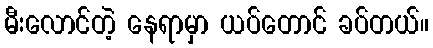
မီးလောင်တဲ့ နေရာမှာ ယပ်တောင် ခပ်တယ်။